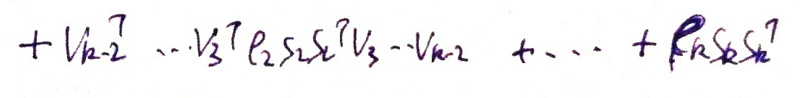
\[ + V_{k - 2}^T \cdots V_3^T \ell_2 s_2 s_2^T V_3 \cdots V_{k - 2} + \cdots + \ell_k s_k s_k^T \]